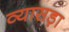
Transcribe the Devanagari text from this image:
व्यासड़ा